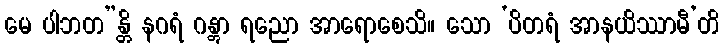
မေ ပါဘတ”န္တိ နဂရံ ဂန္တွာ ရညော အာရောစေသိ။ သော ‘ပိတရံ အာနယိဿာမီ’တိ